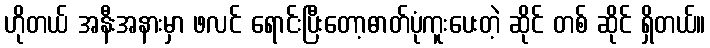
ဟိုတယ် အနီးအနားမှာ ဖလင် ရောင်းပြီးတော့ဓာတ်ပုံကူးပေးတဲ့ ဆိုင် တစ် ဆိုင် ရှိတယ်။